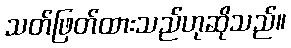
သတ်ဖြတ်ထားသည်ဟုဆိုသည်။